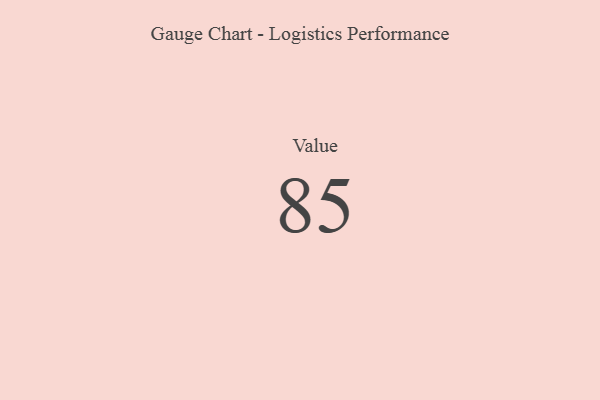
{"axis": {"x": "Metric", "y": "Value"}, "legend": [""], "data": [{"x": "Value", "y": 85, "type": ""}]}